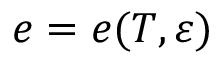
e = e ( T , \boldsymbol \varepsilon )